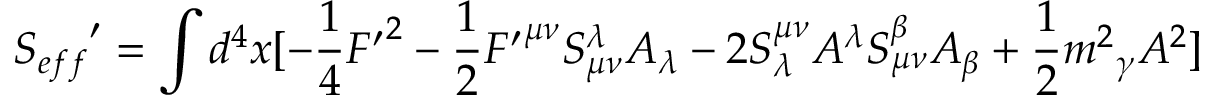
{ S _ { e f f } } ^ { \prime } = \int { d ^ { 4 } x [ - \frac { 1 } { 4 } { F ^ { \prime } } ^ { 2 } - \frac { 1 } { 2 } { F ^ { \prime } } ^ { { \mu } { \nu } } S _ { { \mu } { \nu } } ^ { \lambda } A _ { \lambda } - 2 S _ { \lambda } ^ { { \mu } { \nu } } A ^ { \lambda } S _ { { \mu } { \nu } } ^ { \beta } A _ { \beta } + \frac { 1 } { 2 } { m ^ { 2 } } _ { \gamma } A ^ { 2 } ] }